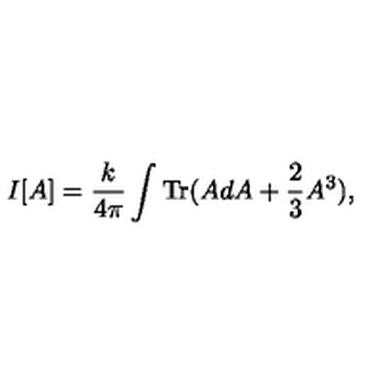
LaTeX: I [ A ] = \frac { k } { 4 \pi } \int \mathrm { T r } ( A d A + \frac { 2 } { 3 } A ^ { 3 } ) ,